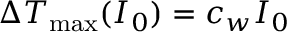
\Delta T _ { \mathrm { m a x } } ( I _ { 0 } ) = c _ { w } I _ { 0 }